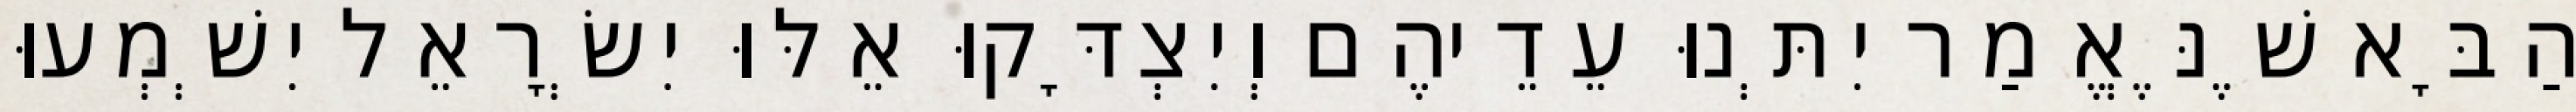
הַבָּא שֶׁנֶּאֱמַר יִתְּנוּ עֵדֵיהֶם וְיִצְדָּקוּ אֵלּוּ יִשְׂרָאֵל יִשְׁמְעוּ